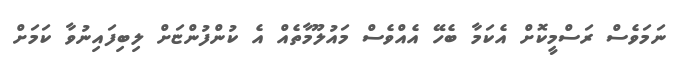
ނަމަވެސް ރަސްމީކޮށް އެކަމާ ބެހޭ އެއްވެސް މައުލޫމާތެއް އެ ކުންފުންޏަށް ލިބިފައިނުވާ ކަމަށް